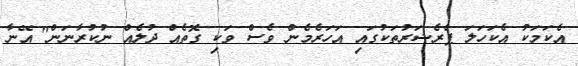
އެކަމަކު އެކަހަލަ ޕްރެޝަރުތަކުގައި އަހަރެމެން ވެސް ވަކި ގޮތެއް ދުލެއް ނުކުރާނަން" އޭނާ